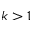
k > 1